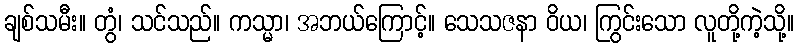
ချစ်သမီး။ တွံ၊ သင်သည်။ ကသ္မာ၊ အဘယ်ကြောင့်။ သေသဇနာ ဝိယ၊ ကြွင်းသော လူတို့ကဲ့သို့။